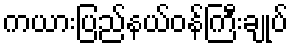
ကယားပြည်နယ်ဝန်ကြီးချုပ်